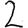
Digit: 2